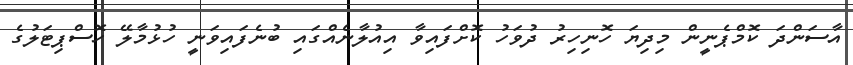
އާސަންދަ ކޮމްޕެނީން މިދިޔަ ހޮނިހިރު ދުވަހު ކޮށްފައިވާ އިއުލާނެއްގައި ބުނެފައިވަނީ ހުޅުމާލޭ ހޮސްޕިޓަލުގެ